Civil Veterinary Dept. Assam report 1911-1927 - 1911-1927
Year: 1911
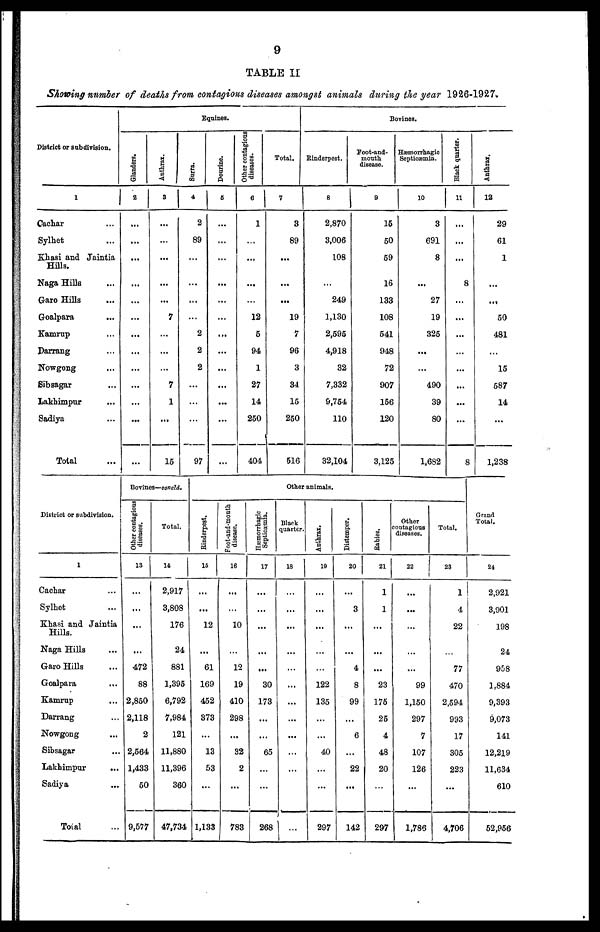
9
TABLE II
Showing number of deaths from contagions diseases amongst animals during the year 1926-1927.
District or subdivision.
1
Cachar ...
Sylhet ...
Khasi and Jaintia
Hills.
Naga Hills ...
Garo Hills ...
Goalpara
Kamrnp ...
Darrang ...
Nowgong ...
Sibsagar
Lakhimpur ...
Sadiya ...
Total ...
Equines.
Glanders.
2
...
...
...
...
...
...
...
...
...
...
...
...
...
Anthrax.
3
...
...
...
...
...
7
...
...
...
7
1
...
15
Surra.
4
2
89
...
...
...
...
2
2
2
...
...
...
97
Dourine.
5
...
...
...
...
...
...
...
...
...
...
...
...
...
Other contagious
diseases.
6
1
...
...
...
...
12
5
94
1
27
14
250
404
Total.
7
3
89
...
...
...
19
7
96
3
34
15
250
516
Bovines.
Rinderpest.
8
2,870
3,006
108
...
249
1,130
2,595
4,918
32
7,332
9,754
110
32,104
foot-and-
mouth
disease.
9
15
50
59
16
133
108
541
948
72
907
156
120
3,125
Hæmorrhagic
Septiæmia.
10
3
691
8
...
27
19
325
...
...
490
39
80
1,682
Black quarter.
11
...
...
...
8
...
...
...
...
...
...
...
...
8
Anthrax.
12
29
61
1
...
...
50
481
...
15
587
14
...
1,238
District or subdivision.
1
Cachar ...
Sylhet ...
Khasi and Jaintia
Hills.
Naga Hills ...
Garo Hills ...
Goalpara
Kamrup ...
Darrang ...
Nowgong
...
Sibsagar
Lakhimpur
...
Sadiya
...
Total ...
Bovines—concld.
Other contagious
diseases.
13
...
...
...
...
472
88
2,850
2,118
2
2,564
1,433
50
9,577
Total.
14
2,917
3,808
176
24
881
1,395
6,792
7,984
121
11,880
11,396
360
47,734
Other animals.
Rinderpest.
15
...
...
12
...
61
169
452
373
...
13
53
...
1,133
Foot-and-mouth
disease.
16
...
...
10
...
12
19
410
298
...
32
2
...
783
Hæmorrhagic
Septicæmia.
17
...
...
...
...
...
30
173
...
...
65
...
...
268
Black
quarter.
18
...
...
...
...
...
...
...
...
...
...
...
...
...
Anthrax.
19
...
...
...
...
...
122
135
...
...
40
...
...
297
Distemper.
20
...
3
...
...
4
8
99
...
6
...
22
...
142
Rabies.
21
1
1
...
...
...
23
175
25
4
48
20
...
297
Other
contagious
diseases.
22
...
...
...
...
...
99
1,150
297
7
107
126
...
1,786
Total.
23
1
4
22
...
77
470
2,594
993
17
305
223
...
4,706
Grand
Total.
24
2,921
3,901
198
24
958
1,884
9,393
9,073
141
12,219
11,634
610
52,956